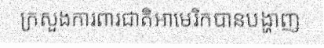
ក្រសួងការពារជាតិអាមេរិកបានបង្ហាញ